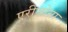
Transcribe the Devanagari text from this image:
एरीज़ोना